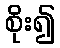
စိုး၍